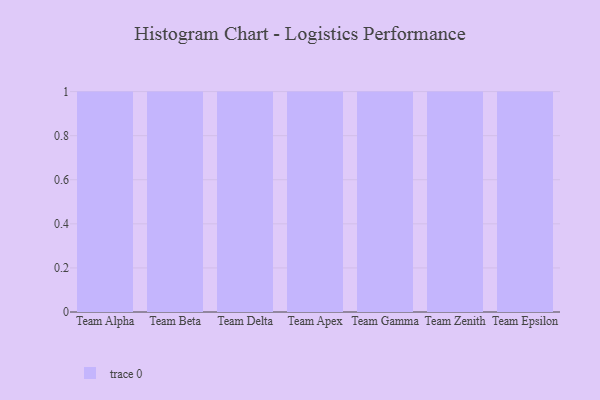
{"axis": {"x": "Team", "y": "Market Share (%)"}, "legend": [""], "data": [{"x": "Team Alpha", "y": 42, "type": ""}, {"x": "Team Beta", "y": 98, "type": ""}, {"x": "Team Delta", "y": 56, "type": ""}, {"x": "Team Apex", "y": 21, "type": ""}, {"x": "Team Gamma", "y": 19, "type": ""}, {"x": "Team Zenith", "y": 39, "type": ""}, {"x": "Team Epsilon", "y": 56, "type": ""}]}